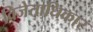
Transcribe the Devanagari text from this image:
विजेताधिकार